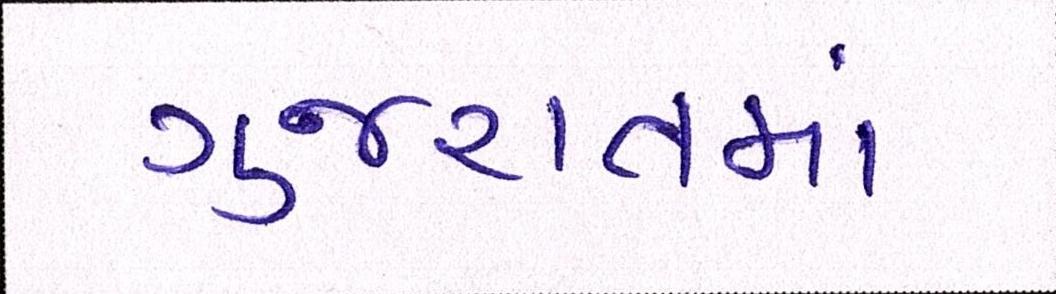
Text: ગુજરાતમાં